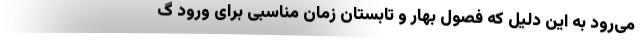
می‌رود به این دلیل که فصول بهار و تابستان زمان مناسبی برای ورود گ